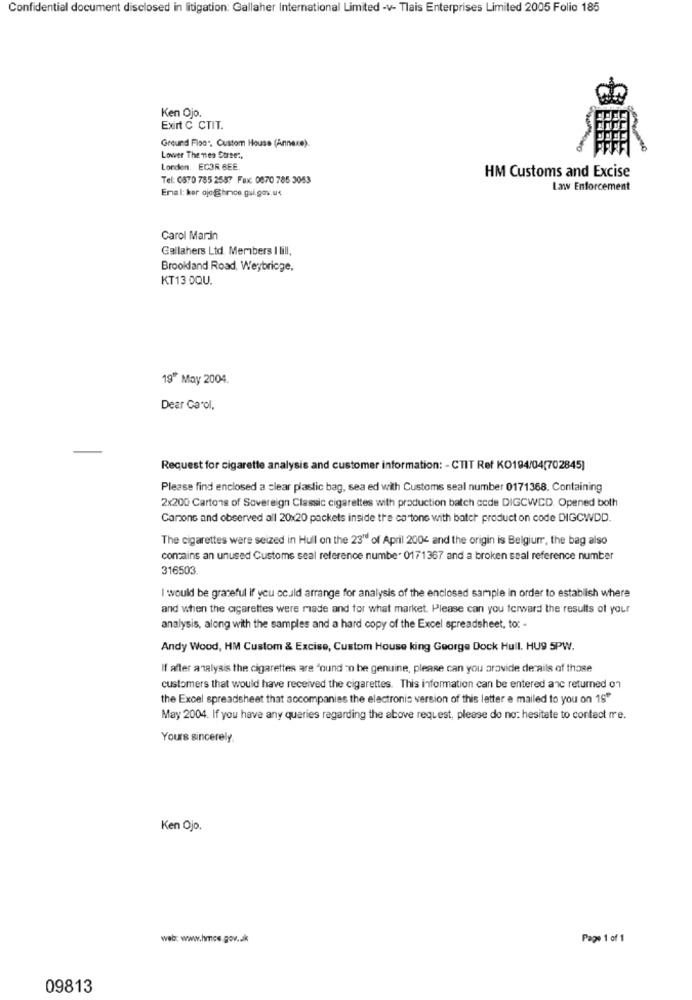
Confidential document disclosed in litigation: Gallaher International Limited -v- Tlais Enterprises Limited 2005 Folio 185
Ken Ojo.
Exirt C CTIT.
Ground Fiso", Custom House (Annexe).
Lower The nes Surse :,
London, EC3R BEE.
HM Customs and Excise
Tel: 0870 785 2587 Fax: 0670 785 3053
Emal: ker ojo@hrice.gui.gov.u<
Law Enforcement
Carol Marin
Gallahers Ltd. Members I lill.
Brooldand Road, Weybrioge,
KT13 OQU.
19" May 2004.
Dear Carol,
Request for cigarette analysis and customer information: - CTIT Ref KO194/04(702845]
Please find enclosed a clear plastic bag, sea ed with Customs seal number 0171368. Containing
2x200 Cartons of Sovereign Classic cigarettes with production batch cede DIGCWCD. Opened both
Canzone and observed all 20x20 packets inside the ca tons with batch product on code DIGCWDD.
The cigarettes were seized in Hull on the 23" of April 2004 and the origin is Belgiurr, the bag also
contains an unused Customs seal reference numbe. 0171367 and a broken seal reference number
316503.
I would be grateful if you could arrange for analysis of the enclosed sample in order to establish where
and when the cigarettes were made and for what market. Please can you forward the results of your
analysis, along with the samples and a hard copy of the Excel spreadsheet, to: -
Andy Wood, HM Custom & Excise, Custom House king George Dock Hull. HU9 5PW.
If after analysis the cigarettes are "ound 20 be genuine, please can you provide derails of those
customers that would have received the cigarettes. This information can be entered anc returned 01
the Excel spreadsheet that accompanies the electronic version of this letter e mailed to you on 19"
May 2004. If you have any queries regarding the above request, please do not hesitate to contact me.
Yours sincerely
Ken Ojo.
web: www.hmce.gov.dk
Page 1 of 1
09813